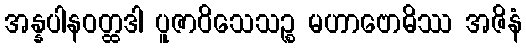
အန္နပါနဝတ္ထဒါ ပူဇာဝိသေသဉ္စ မဟာဗောဓိဿ အဇိနံ